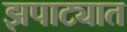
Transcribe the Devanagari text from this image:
झपाट्यात